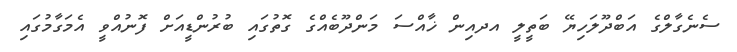
ސެނެގާލްގެ އަބްދޫލަހިޔޭ ބަތީލީ އދއިން ޚާއްސަ މަންދޫބެއްގެ ގޮތުގައި ބުރުންޑީއަށް ފޮނުއްވީ އެމަގާމުގައި